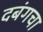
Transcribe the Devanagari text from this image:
दबंगचा